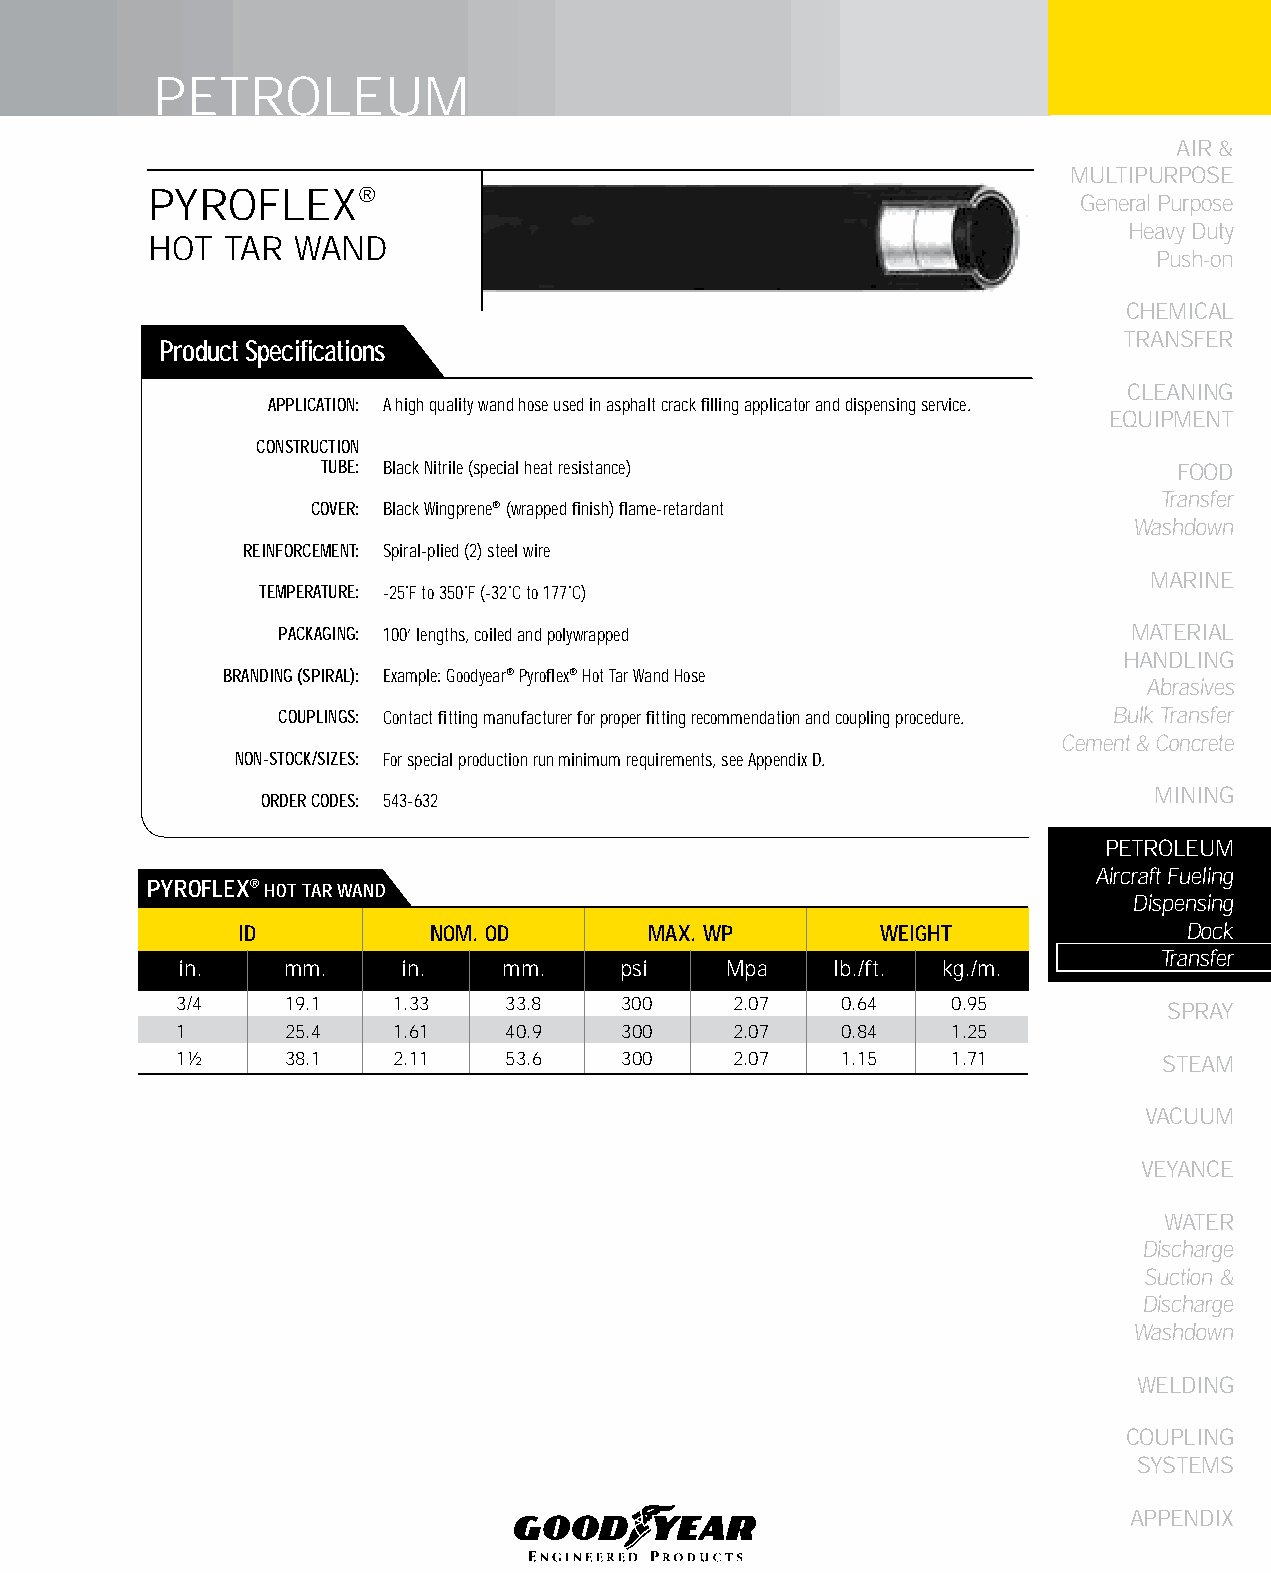
PETROLEUM
 AIR &
 MULTIPURPOSE
 PYROFLEX®
 General Purpose
 Heavy Duty
 HOT  TAR  WAND
 Push-on
 CHEMICAL
 TRANSFER
 Product Specifications
 CLEANING
 APPLICATION: A high quality wand hose used in asphalt crack filling applicator and dispensing service.
 EqUIPMENT
 CONSTRUCTION
 TUBE: Black Nitrile (special heat resistance)            FOOD
 Transfer
 COVER: Black Wingprene® (wrapped finish) flame-retardant
 Washdown
 REINFORCEMENT: Spiral-plied (2) steel wire
 MARINE
 TEMPERATURE: -25˚F to 350˚F (-32˚C to 177˚C)
 PACKAGING: 100’ lengths, coiled and polywrapped         MATERIAL
 HANDLING
 BRANDING (SPIRAL): Example: Goodyear® Pyroflex® Hot Tar Wand Hose
 Abrasives
 COUPLINGS: Contact fitting manufacturer for proper fitting recommendation and coupling procedure. Bulk Transfer
 Cement & Concrete
 NON-STOCK/SIZES: For special production run minimum requirements, see Appendix D.
 MINING
 ORDER CODES: 543-632
 PETROLEUM
 Aircraft Fueling
 PyROfLEX® HOT TAR WAND
 Dispensing
 ID           NOM. OD       MAX. WP        WEIGHT               Dock
 Transfer
 in.    mm.     in.   mm.     psi    Mpa    lb./ft. kg./m.
 3/4    19.1   1.33    33.8   300     2.07   0.64   0.95          SPRAY
 1      25.4   1.61    40.9   300     2.07   0.84   1.25
 1½     38.1   2.11    53.6   300     2.07   1.15   1.71          STEAM
 VACUUM
 VEYANCE
 WATER
 Discharge
 Suction &
 Discharge
 Washdown
 WELDING
 COUPLING
 SYSTEMS
 APPENDIX
 195